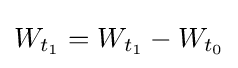
W_{t_{1}}=W_{t_{1}}-W_{t_{0}}